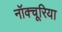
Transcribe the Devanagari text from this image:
नॉक्चूरिया